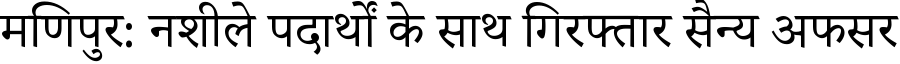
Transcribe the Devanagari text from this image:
मणिपुर: नशीले पदार्थों के साथ गिरफ्तार सैन्य अफसर